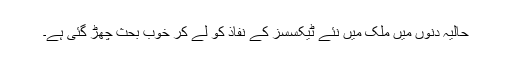
حالیہ دنوں میں ملک میں نئے ٹیکسسز کے نفاذ کو لے کر خوب بحث چھڑ گئی ہے۔